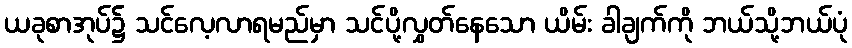
ယခုစာအုပ်၌ သင်လေ့လာရမည်မှာ သင်ပို့လွှတ်နေသော ယိမ်း ခါချက်ကို ဘယ်သို့ဘယ်ပုံ